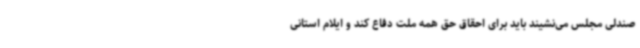
صندلی مجلس می‌نشیند باید برای احقاق حق همه ملت دفاع کند و ایلام استانی